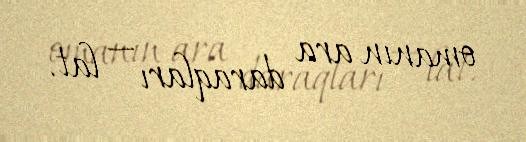
omanın ara daraqları — lat.